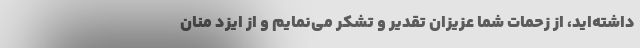
داشته‌اید، از زحمات شما عزیزان تقدیر و تشکر می‌نمایم و از ایزد منان